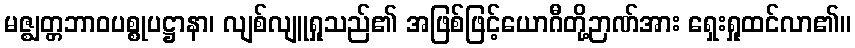
မဇ္ဈတ္တဘာဝပစ္စုပဋ္ဌာနာ၊ လျစ်လျူရှုသည်၏ အဖြစ်ဖြင့်ယောဂီတို့ဉာဏ်အား ရှေးရှုထင်လာ၏။